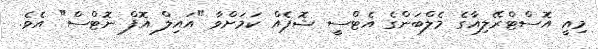
މިއީ އޮސްޓްރޭލިއާގެ މެލްބަންގެ އެޓްސީ ޝޮޕެއް ކަމަށްވާ "އައިލް އޮފް ނޮޓްސް" އެވެ.